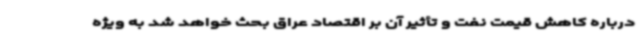
درباره کاهش قیمت نفت و تأثیر آن بر اقتصاد عراق بحث خواهد شد به ویژه